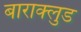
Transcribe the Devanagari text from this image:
बाराक्लुड